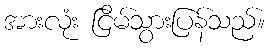
အားလုံး ငြိမ်သွားပြန်သည်။